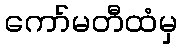
ကော်မတီထံမှ